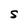
Character: S